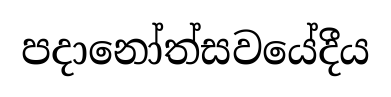
පදානෝත්සවයේදීය